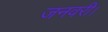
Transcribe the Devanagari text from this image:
जनवरी।